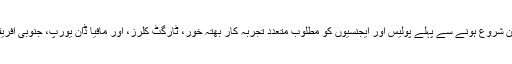
امن و امان کی بہتری کے لیے موجودہ کراچی آپریشن شروع ہونے سے پہلے پولیس اور ایجنسیوں کو مطلوب متعدد تجربہ کار بھتہ خور، ٹارگٹ کلرز، اور مافیا ڈان یورپ، جنوبی افریقہ، متحدہ عرب امارات اور ملائیشیا وغیرہ نکل لیے۔